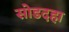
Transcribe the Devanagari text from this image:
सोडदहा